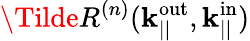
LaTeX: \Tilde{R}^{(n)}(\mathbf{k}_{||}^{\mathrm{out}},\mathbf{k}_{||}^{\mathrm{in}})